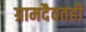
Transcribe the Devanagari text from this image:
ग्रामदैवतही